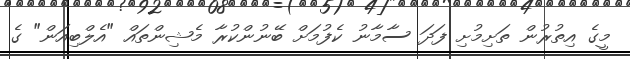
މީގެ އިތުރުން ތަށިމުށި ފަދަ ސާމާނު ކެފުމަށް ބޭނުންކުރާ މެޝިންތައް "އެލްބިއަން" ގެ